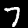
Label: 7